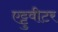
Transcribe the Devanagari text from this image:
एट्टुवीटर